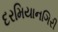
દરમિયાનગિરી